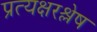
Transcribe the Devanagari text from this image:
प्रत्यक्षरश्लेष